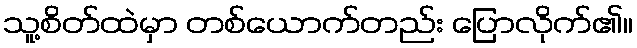
သူ့စိတ်ထဲမှာ တစ်ယောက်တည်း ပြောလိုက်၏။